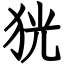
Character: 㹰